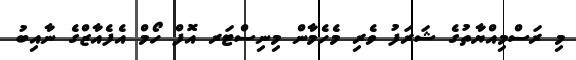
މި ރަސްމިއްޔާތުގެ ޝަރަފު ވެރި މެހެމާން މިނިސްޓަރ އޮފް ހޯމް އެފެއާޒްގެ ނާއިބު